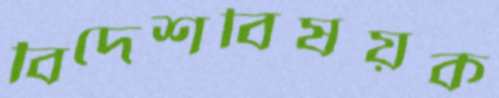
বিদেশবিষয়ক